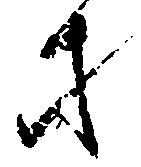
才